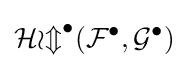
{\mathcal {Hom}}^{\bullet }({\mathcal {F}}^{\bullet },{\mathcal {G}}^{\bullet })